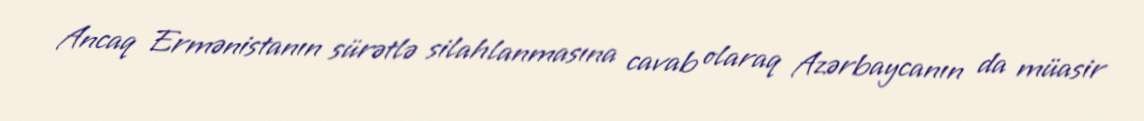
Ancaq Ermənistanın sürətlə silahlanmasına cavab olaraq Azərbaycanın da müasir